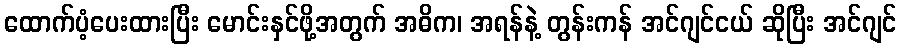
ထောက်ပံ့ပေးထားပြီး မောင်းနှင်ဖို့အတွက် အဓိက၊ အရန်နဲ့ တွန်းကန် အင်ဂျင်ငယ် ဆိုပြီး အင်ဂျင်